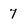
Character: 7